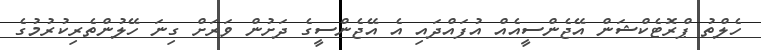
ހެލްތު ޕްރޮޓެކްޝަން އޭޖެންސީއެއް އުފައްދައި އެ އޭޖެންސީގެ ދަށުން ވަރަށް ގިނަ ހޭލުންތެރިކުރުމުގެ